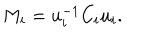
LaTeX: M _ { i } = u _ { i } ^ { - 1 } C _ { i } u _ { i } .